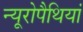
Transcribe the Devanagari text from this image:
न्यूरोपैथियां